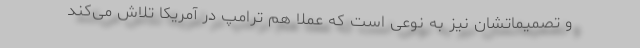
و تصمیماتشان نیز به نوعی است که عملا هم ترامپ در آمریکا تلاش می‌کند